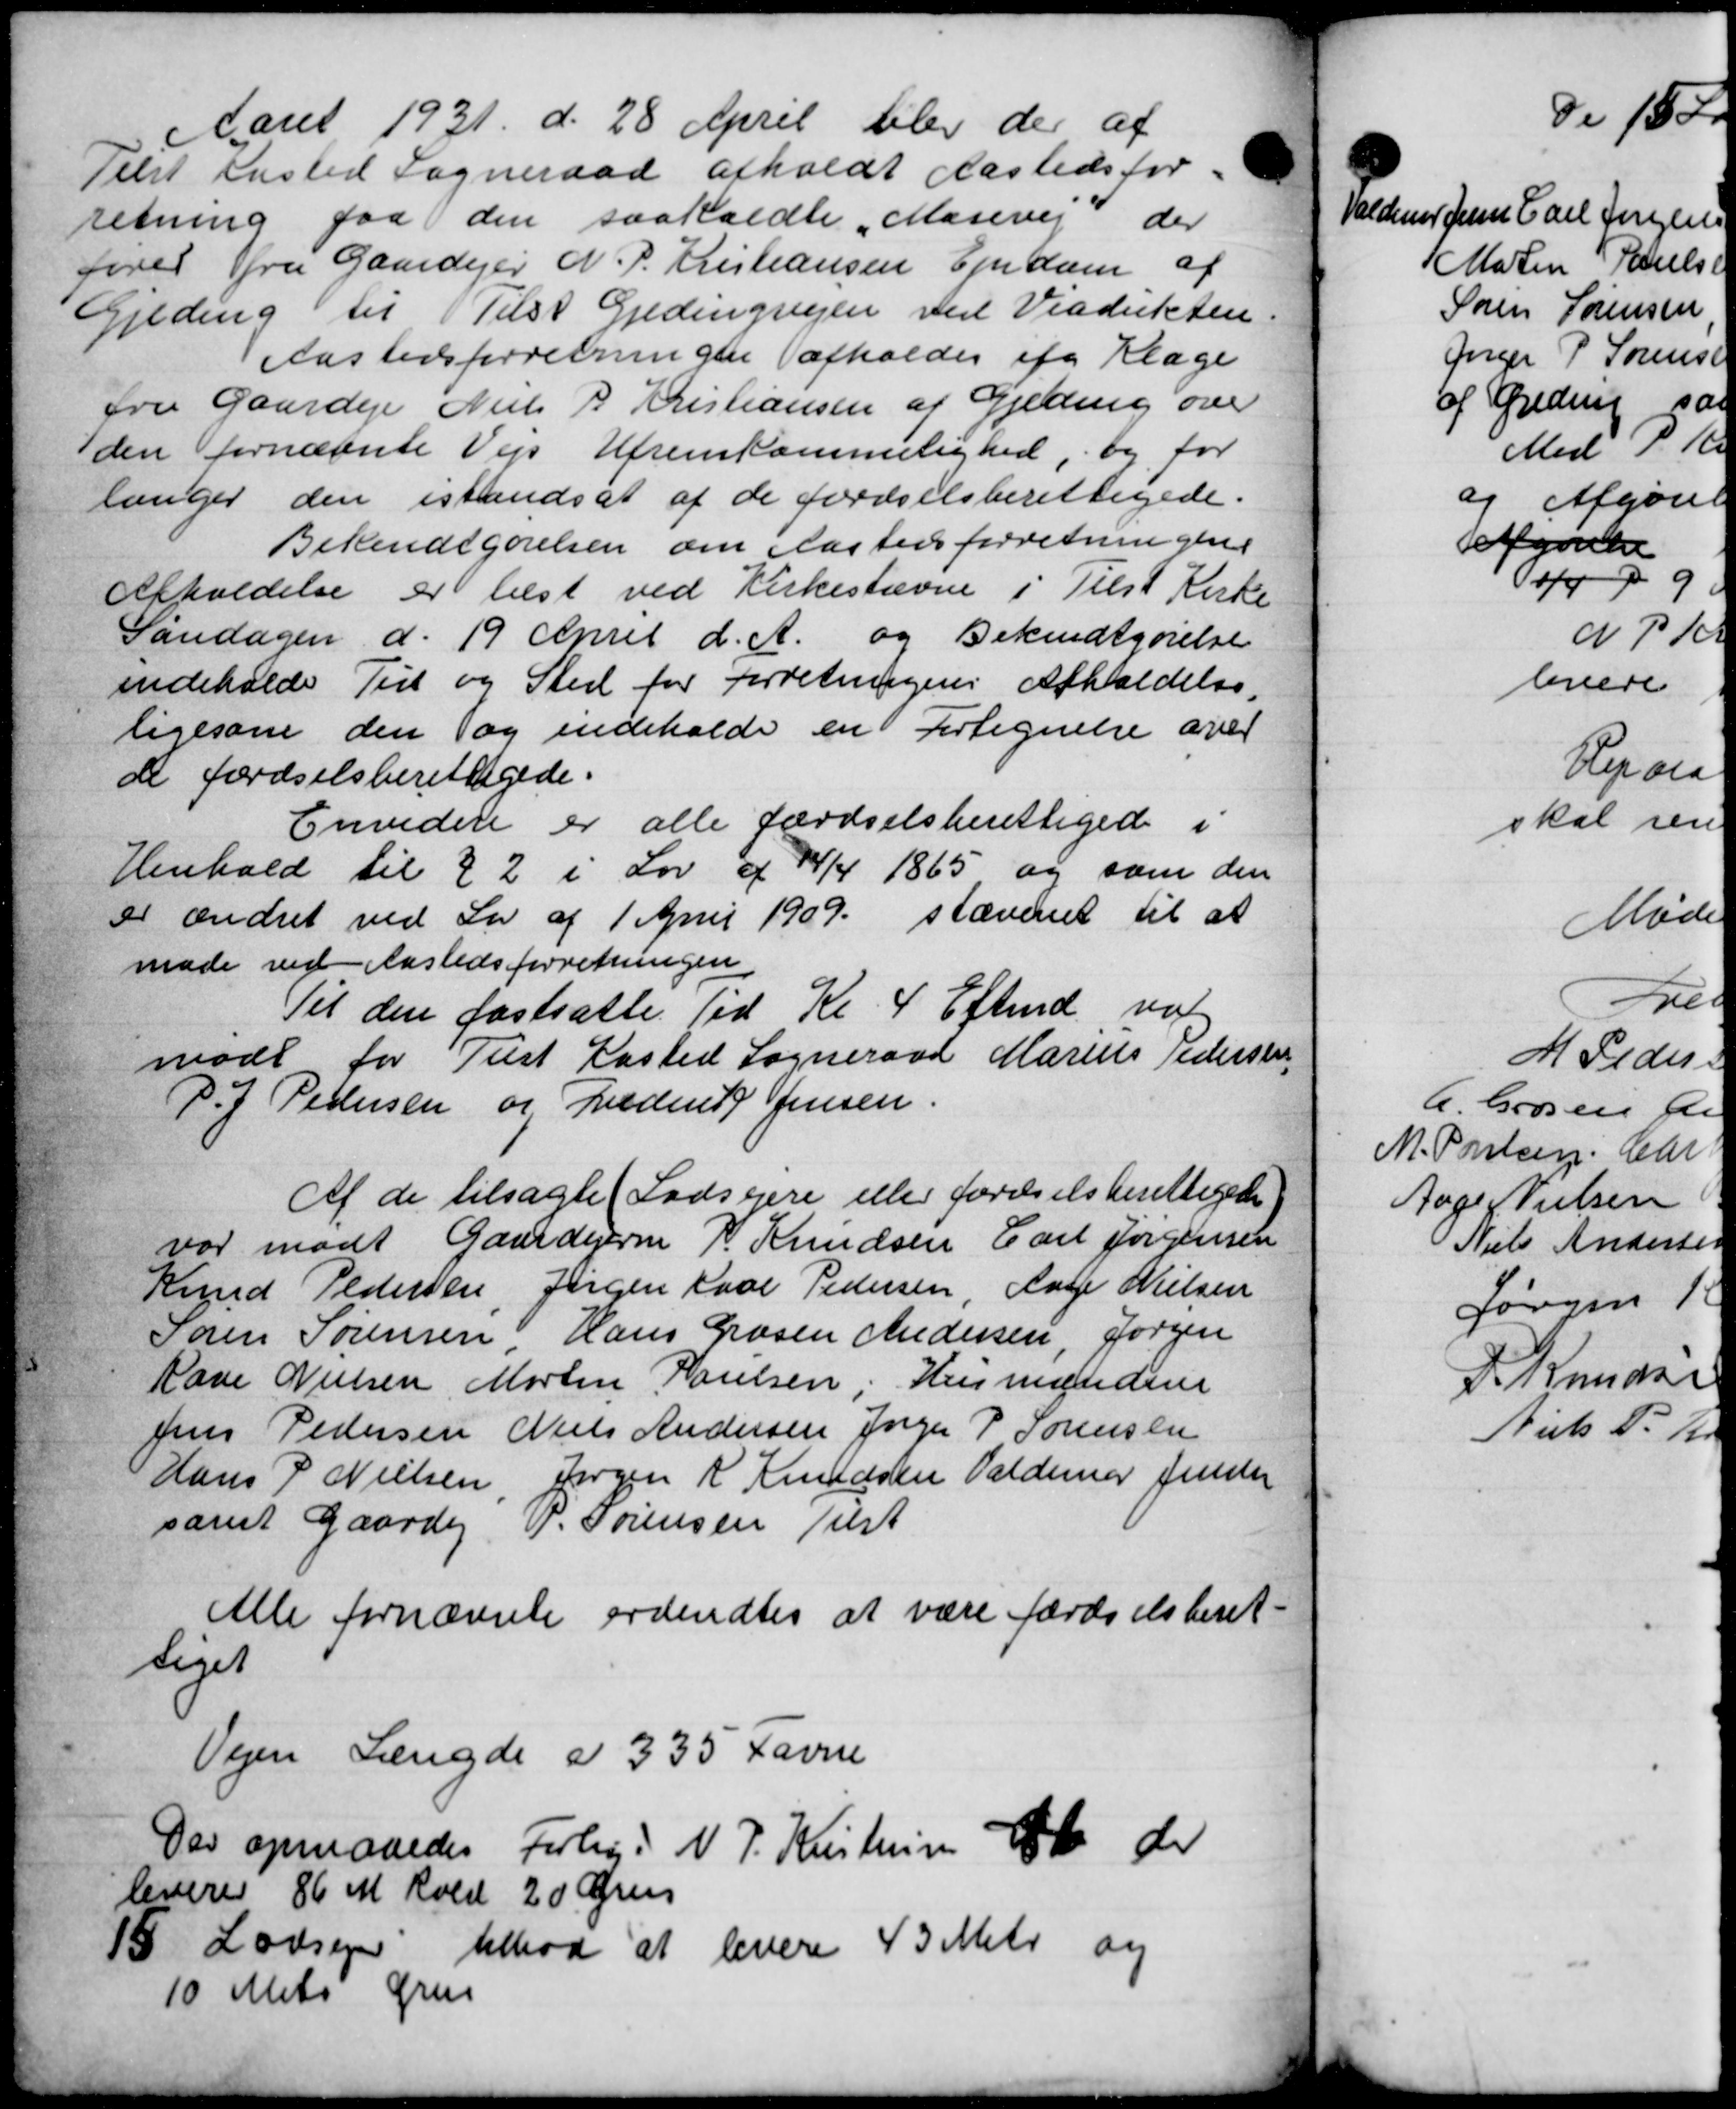
Transskription:
Aaret 1931 d. 28 April blev der af
Telst Kasted Sogneraad afholdt Aastedsfor
retning faa den saakaldte Mosevej der
fører fra Gaardejer N. P. Kristiansen Ejendom af
Gjeding til Tilst Gjedingvejen ved Viadukten.
Aastedsforretningen afholdes og Klage
fra Gaardejer Niels P Kristiansen af Gjeding over
den fornævnte Vejs Ufremkommelighed, og for
langer den istandsat af de fordselsberettigede.
Bekendtgørelsen om Aastedsforretningens
Afholdelse er best ved Kirkestævne i Tilst Kirke
Sandagen d. 19 April d. A. og Bekendtgørelse
indeholde Tilt og Sted for Forretningens Afholdelse.
ligesom den og indeholde en Fortegnelse over
de færdselsberettigede.
Envidere er alle færdselsberettigede i
Henhold til § 2 i Lov af 24/4 1865 og som den
er ændret ved Lov af 1 April 1909 slæveret til at
møde ved Aastedsforretningen
Til den fastsætte Tid Kl 4 Eftmd. valg
møde for Tust Kasted Sogneraad Marius Pedersen
P. P. Pedersen og Frederik Jensen.
Af de tilsagte (Lodsejere eller færdselsberettiget
var mødt Gaardejerne P. Knudsen Carl Jørgensen
Knud Pedersen, Jørgen Karl Pedersen, Læge Nielsen
Søren Sørensen Hans Grosen Andersen Jørgen
Rave Nielsen Morten Poulsen, Husmanden
Jens Pedersen Niels Andersen Jørgen P Sørensen
Hans P Nielsen, Jørgen K. Knudsen Valdemar Jensen
samt Gaardej J. Sørensen Tilst
Alle fornævnte ordendtes at være færdselsberet-
tiget
Vejen Længde a 335 Favne
Dar opmaaedes Forlig. N. P. Kristensen at der
leveres 86 M Kold 20 Øre
13 Ladsen tilbød at levere 43 Metr og
10 Mets Grus